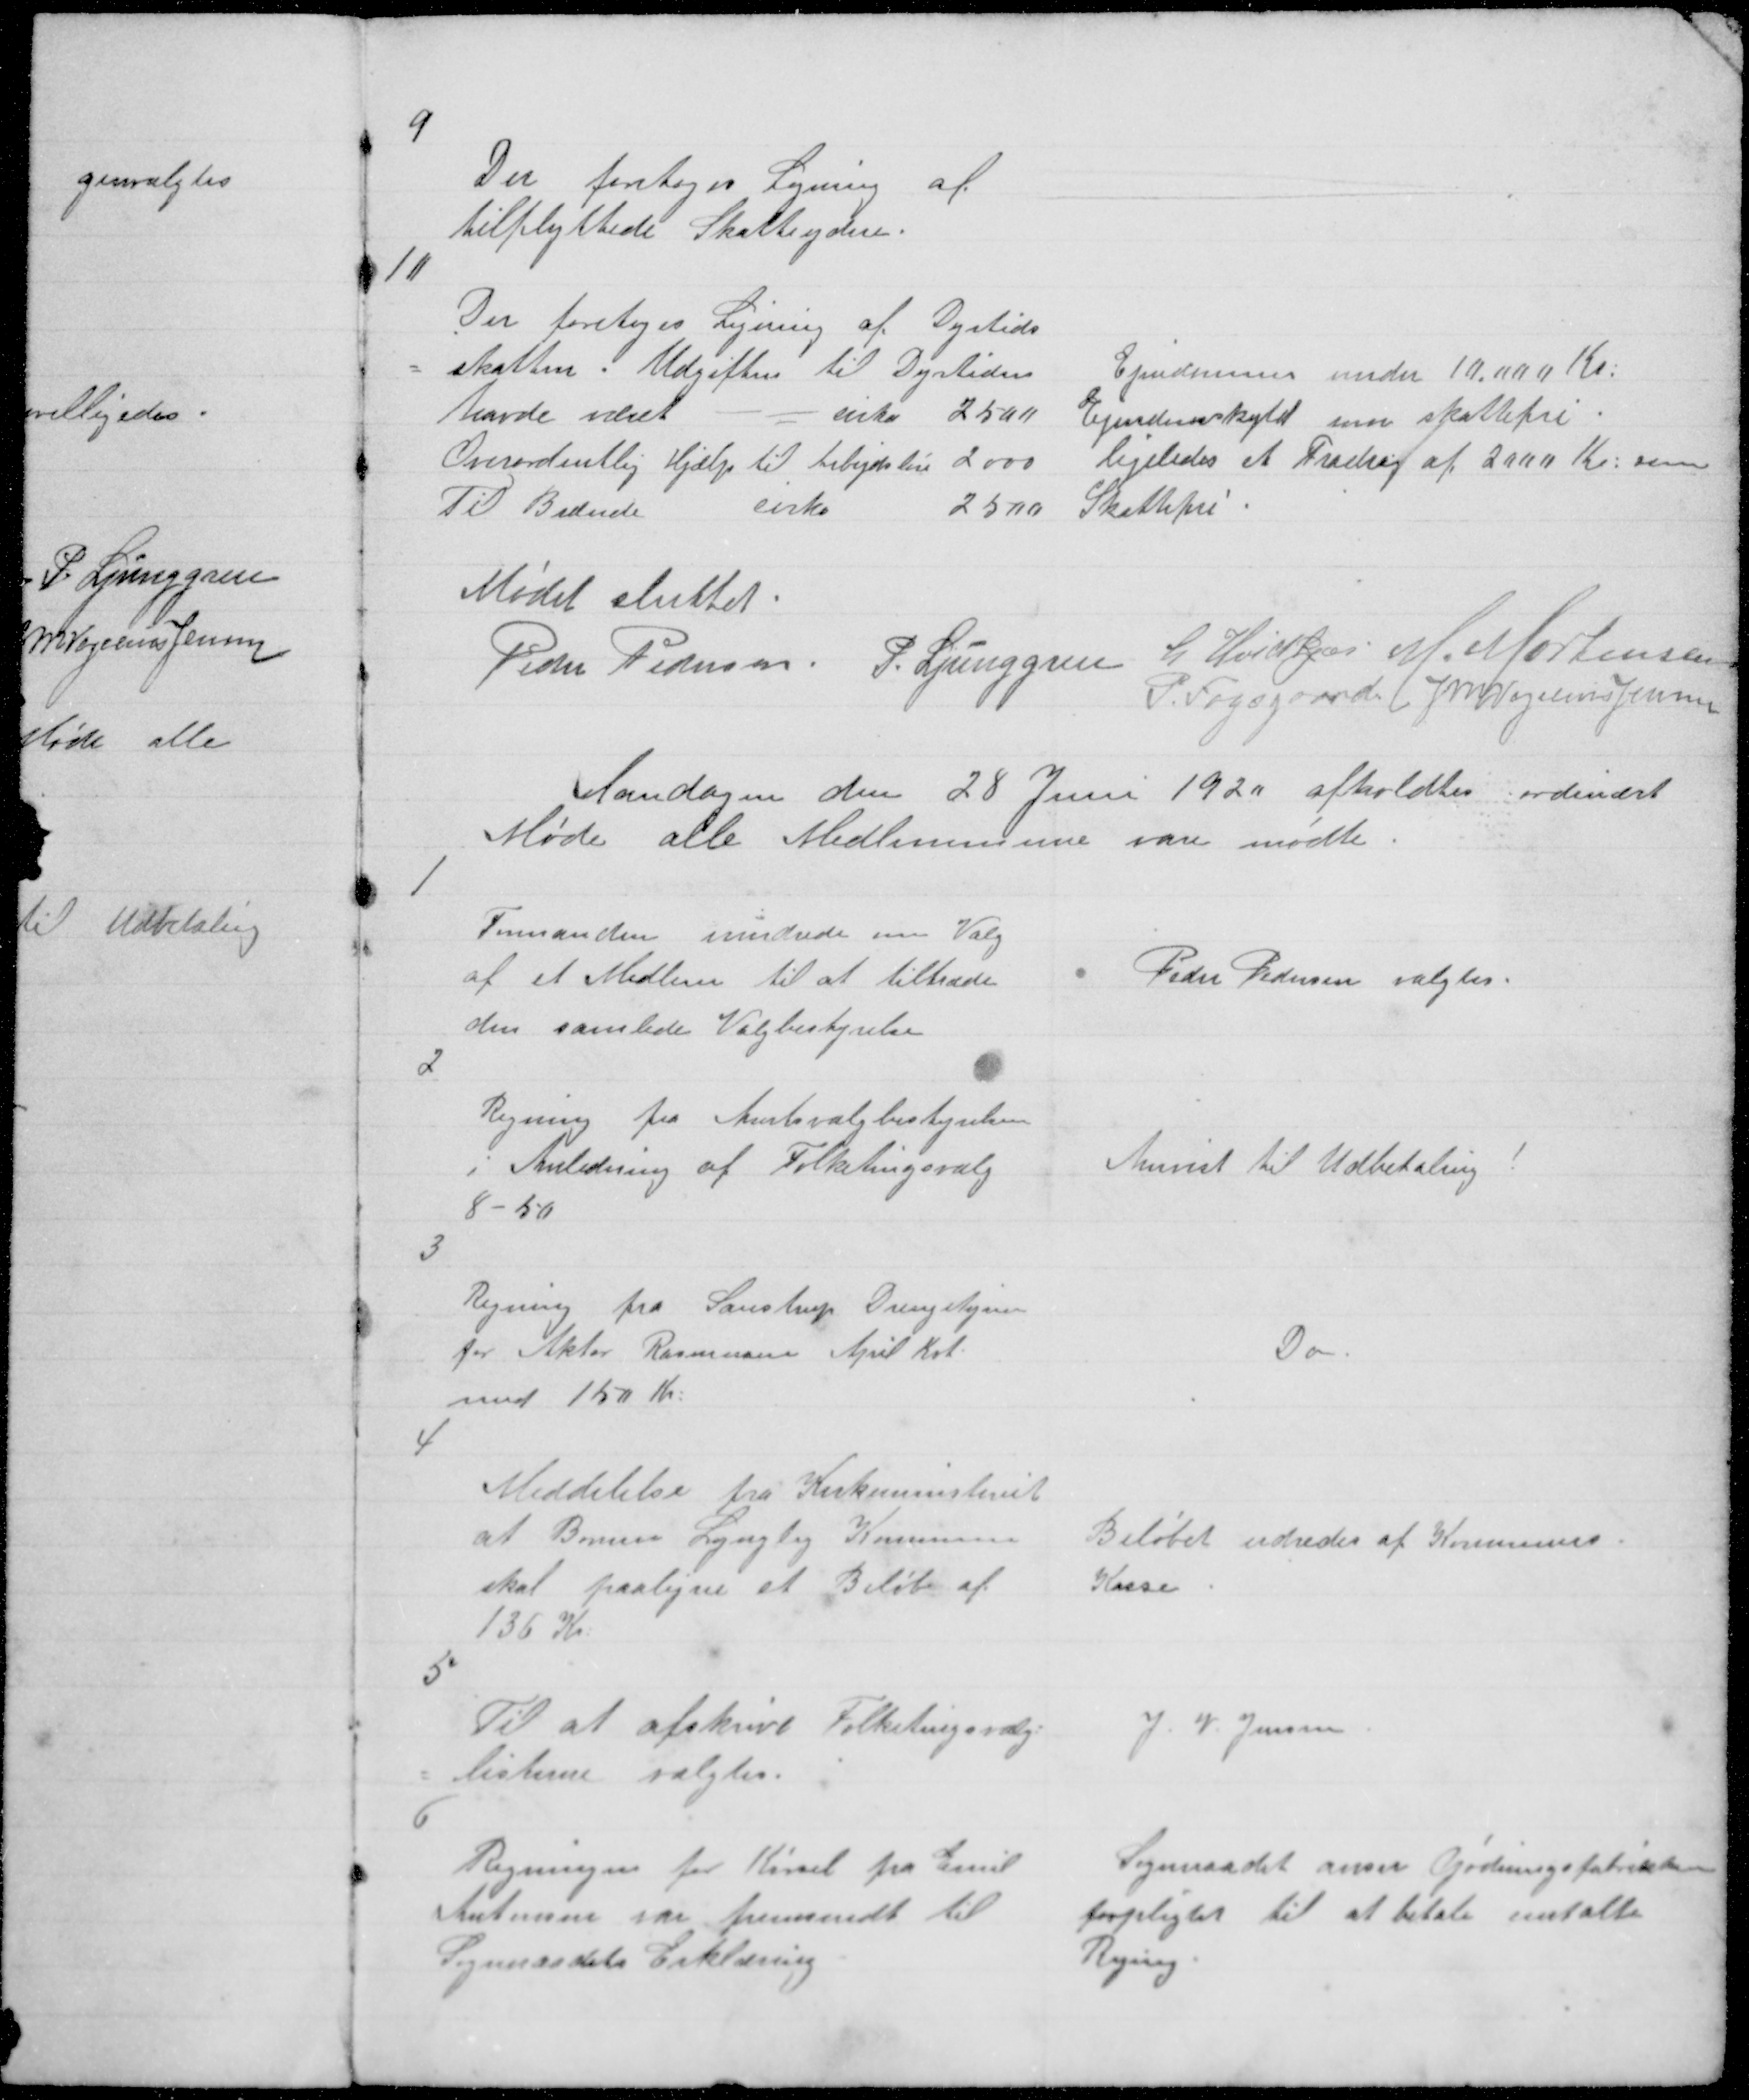
Transskription:
9

Der foretoges Ligning af
tilflyttede Skatteydere.

10

Det foretoges Ligning af Dyrtids
= skatten . Udgiften til Dyrtiden
havde været
cirka 2500
Overordentlig Hjælp til Arbejdsløse 2000
Til Bedende
cirka
2500

Ejendomme under 10.000 Kr:
Ejendomsskyld som skattefri.
ligeledes et Fradrag af 2000 Kr: som
Skattefri.

Mødet sluttet
Peder Pedersen. P. Ljunggren L Hvidkjær M. Mortensen
P. Fogsgaard J M Vogelius Jensen

Mandagen den 28 Juni 1920 afholdtes ordinært
Møde alle Medlemmer vare mødte.

1

Formanden erindrede om Valg
af et Medlem til at tiltræde
den samlede Valgbestyrelse

Peder Pedersen valgtes.

2

Regning fra Amtsvalgbestyrelsen
i Anledning af Folketingsvalg
8 - 50

Anvist til Udbetaling !

3

Regning fra Saustrup Drengehjem
for Aktor Rasmussen April Kvt:
med 150 Kr:

Do

4

Meddelelse fra Kirkeministeriet
at Borum Lyngby Kommune
skal paaligne et Beløb af
136 Kr:

Beløbet udredes af Kommunens
Kasse.

5

Til at afskrive Folketingsvalg=
= listerne valgtes.

J. V. Jensen

6

Regningen for Kørsel fra Emil
Antonsen var fremsendt til
Sogneraadets Erklæring

Sogneraadet anser Gødningsfabrikken
forpligtet til at betale omtalte
Regning